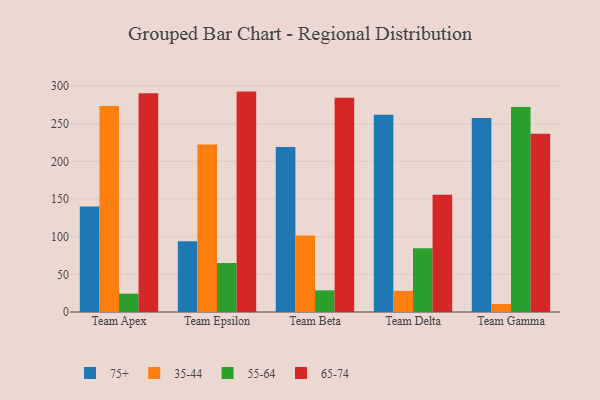
{"axis": {"x": "Team", "y": "Conversion Rate (%)"}, "legend": ["35-44", "55-64", "65-74", "75+"], "data": [{"x": "Team Apex", "y": 140.1, "type": "75+"}, {"x": "Team Apex", "y": 273.5, "type": "35-44"}, {"x": "Team Apex", "y": 24.3, "type": "55-64"}, {"x": "Team Apex", "y": 290.3, "type": "65-74"}, {"x": "Team Epsilon", "y": 94.0, "type": "75+"}, {"x": "Team Epsilon", "y": 222.5, "type": "35-44"}, {"x": "Team Epsilon", "y": 65.0, "type": "55-64"}, {"x": "Team Epsilon", "y": 292.6, "type": "65-74"}, {"x": "Team Beta", "y": 219.2, "type": "75+"}, {"x": "Team Beta", "y": 101.5, "type": "35-44"}, {"x": "Team Beta", "y": 28.8, "type": "55-64"}, {"x": "Team Beta", "y": 284.3, "type": "65-74"}, {"x": "Team Delta", "y": 261.8, "type": "75+"}, {"x": "Team Delta", "y": 28.0, "type": "35-44"}, {"x": "Team Delta", "y": 84.6, "type": "55-64"}, {"x": "Team Delta", "y": 155.8, "type": "65-74"}, {"x": "Team Gamma", "y": 257.7, "type": "75+"}, {"x": "Team Gamma", "y": 10.6, "type": "35-44"}, {"x": "Team Gamma", "y": 272.1, "type": "55-64"}, {"x": "Team Gamma", "y": 236.7, "type": "65-74"}]}